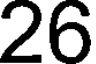
26